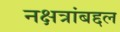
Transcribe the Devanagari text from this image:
नक्षत्रांबद्दल